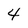
Character: 4